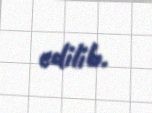
edilib.